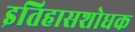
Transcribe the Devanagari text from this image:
इतिहासशोधक